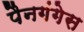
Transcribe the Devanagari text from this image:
पैनगंगेस